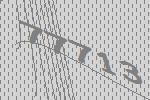
77713